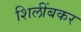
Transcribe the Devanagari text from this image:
शिलींबकर